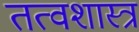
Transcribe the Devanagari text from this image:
तत्वशास्त्र